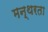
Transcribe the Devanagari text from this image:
मन्थरता